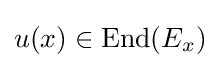
u(x)\in \operatorname {End} (E_{x})